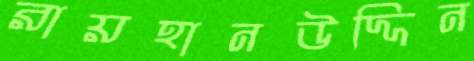
রায়হানউদ্দিন